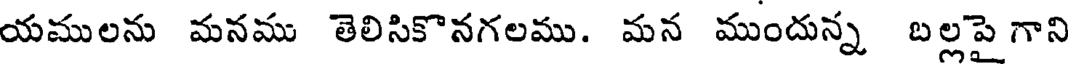
యములను మనము తెలిసికొనగలము. మన ముందున్న బల్లపై గాని